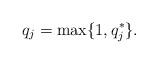
LaTeX: \begin{align*}q_j = \max\{1, q_j^*\}.\end{align*}